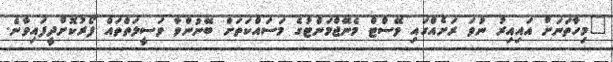
"މިހާތަނަށް އައިއިރު ނުވަ ރަށެއްގައި ވޭސްޓް މެނޭޖްމަންޓުގެ މަސައްކަތަށް ބޭނުންވާ ވަސީލަތްތައް ފޯރުކޮށްދީފައިވާނެ.